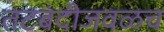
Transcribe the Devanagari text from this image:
तटबंदीजवळच